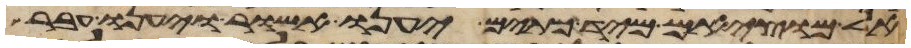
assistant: אל יוציאם מיד כתים יענו אשור ויענו עבר